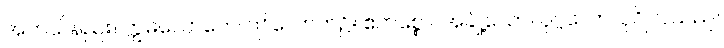
အဘယ်နည်း။ ဣဓလောကေ၊ ဤလောက၌။ ဧကစ္စော၊ အချို့သော။ ပုဂ္ဂလော၊ ပုဂ္ဂိုလ်သည်။